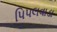
પિપલવાડા